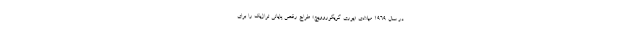
در سال ۱۹۶۹ میلادی «یوری گریگوروویچ» طراح رقص پایانی تراژیک را برای